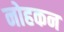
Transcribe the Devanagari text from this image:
नोहकन